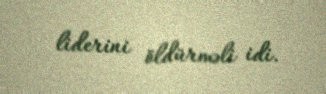
liderini öldürməli idi.